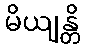
မိယျန္တိ